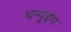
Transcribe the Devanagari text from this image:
थन्पुइंग